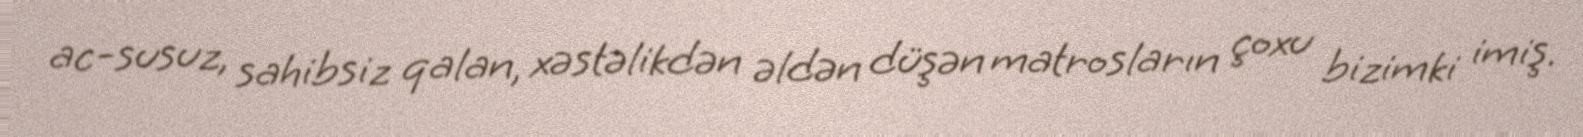
ac-susuz, sahibsiz qalan, xəstəlikdən əldən düşən matrosların çoxu bizimki imiş.